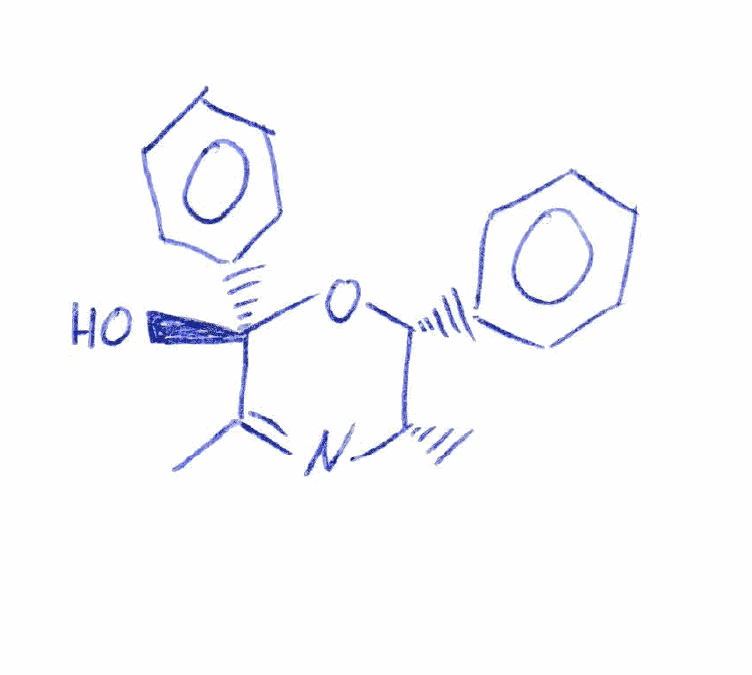
Simplified molecular-input line-entry system (SMILES) notation of the given molecule:
C[C@H]1[C@H](O[C@](C(=N1)C)(C2=CC=CC=C2)O)C3=CC=CC=C3